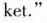
ket."